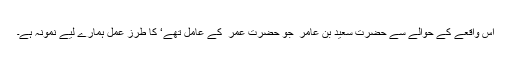
اس واقعے کے حوالے سے حضرت سعید بن عامر ؓ جو حضرت عمر ؓ کے عامل تھے‘ کا طرز عمل ہمارے لیے نمونہ ہے۔